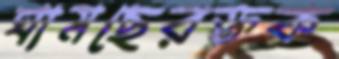
ঘামছেরক্তক